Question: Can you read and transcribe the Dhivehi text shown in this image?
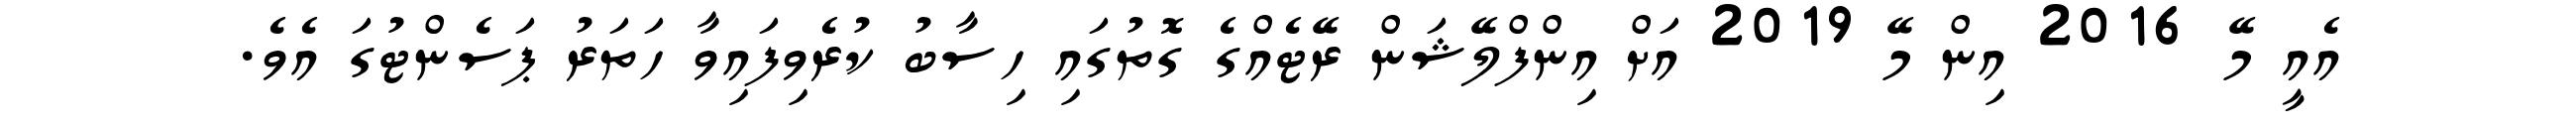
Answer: އެއީ މޭ 2016 އިން މޭ 2019 އަށް އިންފްލޭޝަން ރޭޓެއްގެ ގޮތުގައި ހިސާބު ކުރެވިފައިވާ ހަތަރު ޕަސެންޓުގަ އެވެ.